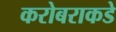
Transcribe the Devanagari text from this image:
करोबराकडे